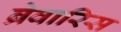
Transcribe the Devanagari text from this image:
ब्रेवारिस